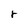
Character: r